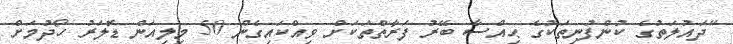
"ދައުލަތުގެ ކުންފުނިތަކުގެ ޙިއްސާ ބޭރު ފަރާތްތަކަށް ވިއްކައިގެން 50 މިލިއަން ޑޮލަރު ހޯދުމަށް